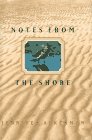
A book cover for Notes from the Shore; Jennifer Ackerman; Travel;